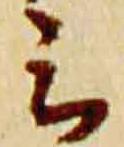
云